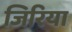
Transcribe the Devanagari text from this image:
जिरिया